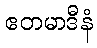
ဧတမာဒီနံ